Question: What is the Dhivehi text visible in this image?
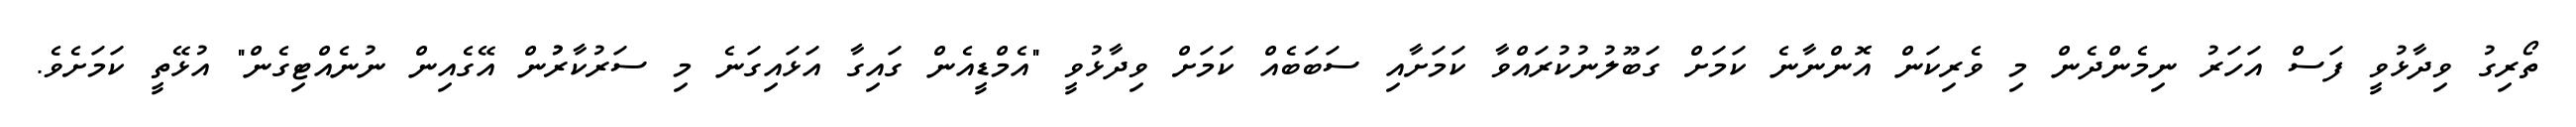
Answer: ތޯރިގު ވިދާޅުވީ ފަސް އަހަރު ނިމެންދެން މި ވެރިކަން އޮންނާނެ ކަމަށް ގަބޫލުނުކުރައްވާ ކަމަށާއި ސަބަބެއް ކަމަށް ވިދާޅުވީ "އެމްޑީއެން ގައިގާ އަޅައިގަނެ މި ސަރުކާރުުން އޭގެއިން ނުނެއްޓިގެން" އުޅޭތީ ކަމަށެވެ.